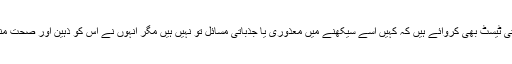
میں نے اُس کے نفسیاتی ٹیسٹ بھی کروائے ہیں کہ کہیں اُسے سیکھنے میں معذوری یا جذباتی مسائل تو نہیں ہیں مگر انہوں نے اُس کو ذہین اور صحت مند نوجوان قرار دیا ہے۔